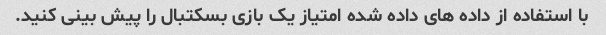
با استفاده از داده های داده شده امتیاز یک بازی بسکتبال را پیش بینی کنید.